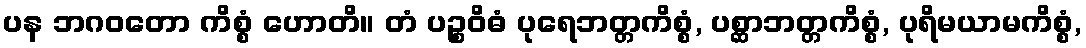
ပန ဘဂဝတော ကိစ္စံ ဟောတိ။ တံ ပဉ္စဝိဓံ ပုရေဘတ္တကိစ္စံ, ပစ္ဆာဘတ္တကိစ္စံ, ပုရိမယာမကိစ္စံ,